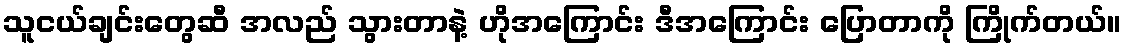
သူငယ်ချင်းတွေဆီ အလည် သွားတာနဲ့ ဟိုအကြောင်း ဒီအကြောင်း ပြောတာကို ကြိုက်တယ်။